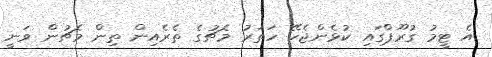
އެ ޓީމު ގުރޫޕްގައި ކުޅެންޖެހޭ ހަތަރު މެޗުގެ ތެރެއިން ތިން މެޗުން ވަނީ